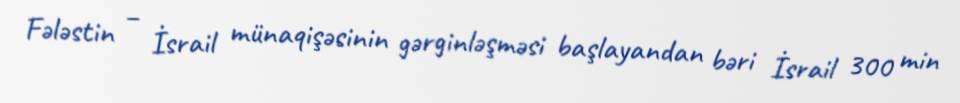
Fələstin – İsrail münaqişəsinin gərginləşməsi başlayandan bəri İsrail 300 min